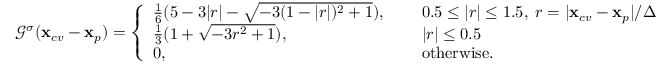
{ \mathcal G } ^ { \sigma } ( \mathbf { x } _ { c v } - \mathbf { x } _ { p } ) = \left\{ \begin{array} { l l } { \frac { 1 } { 6 } ( 5 - 3 | r | - \sqrt { - 3 ( 1 - | r | ) ^ { 2 } + 1 } ) , } & { ~ ~ ~ ~ 0 . 5 \leq | r | \leq 1 . 5 , \; r = | \mathbf { x } _ { c v } - \mathbf { x } _ { p } | / { \Delta } } \\ { \frac { 1 } { 3 } ( 1 + \sqrt { - 3 r ^ { 2 } + 1 } ) , } & { ~ ~ ~ ~ | r | \leq 0 . 5 } \\ { 0 , } & { ~ ~ ~ ~ \mathrm { o t h e r w i s e . } } \end{array} \right.